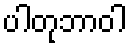
ပါတုဘာဝါ